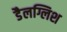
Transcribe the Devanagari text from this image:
डैलग्लिश